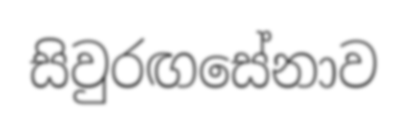
සිවුරඟසේනාව